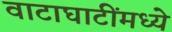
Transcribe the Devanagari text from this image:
वाटाघाटींमध्ये